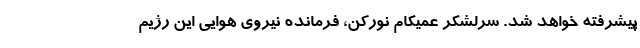
پیشرفته خواهد شد. سرلشکر عمیکام نورکن، فرمانده نیروی هوایی این رژیم